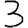
Digit: 3